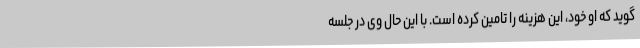
گوید که او خود، این هزینه را تامین کرده است. با این حال وی در جلسه